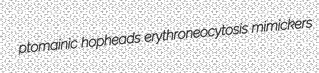
ptomainic hopheads erythroneocytosis mimickers